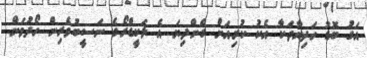
އަގު ބޮޑު ހަދިޔާތަކާ އެކު ކުރިއަށް ގެންދިޔަ އެ ލަކީޑްރޯގެ ނަސީބުވެރިން ހޯދުމަށް